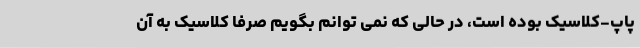
پاپ-کلاسیک بوده است، در حالی که نمی توانم بگویم صرفا کلاسیک به آن